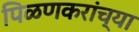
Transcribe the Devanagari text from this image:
पिळणकरांच्या